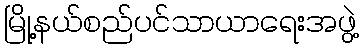
မြို့နယ်စည်ပင်သာယာရေးအဖွဲ့